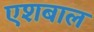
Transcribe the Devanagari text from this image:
एशबाल